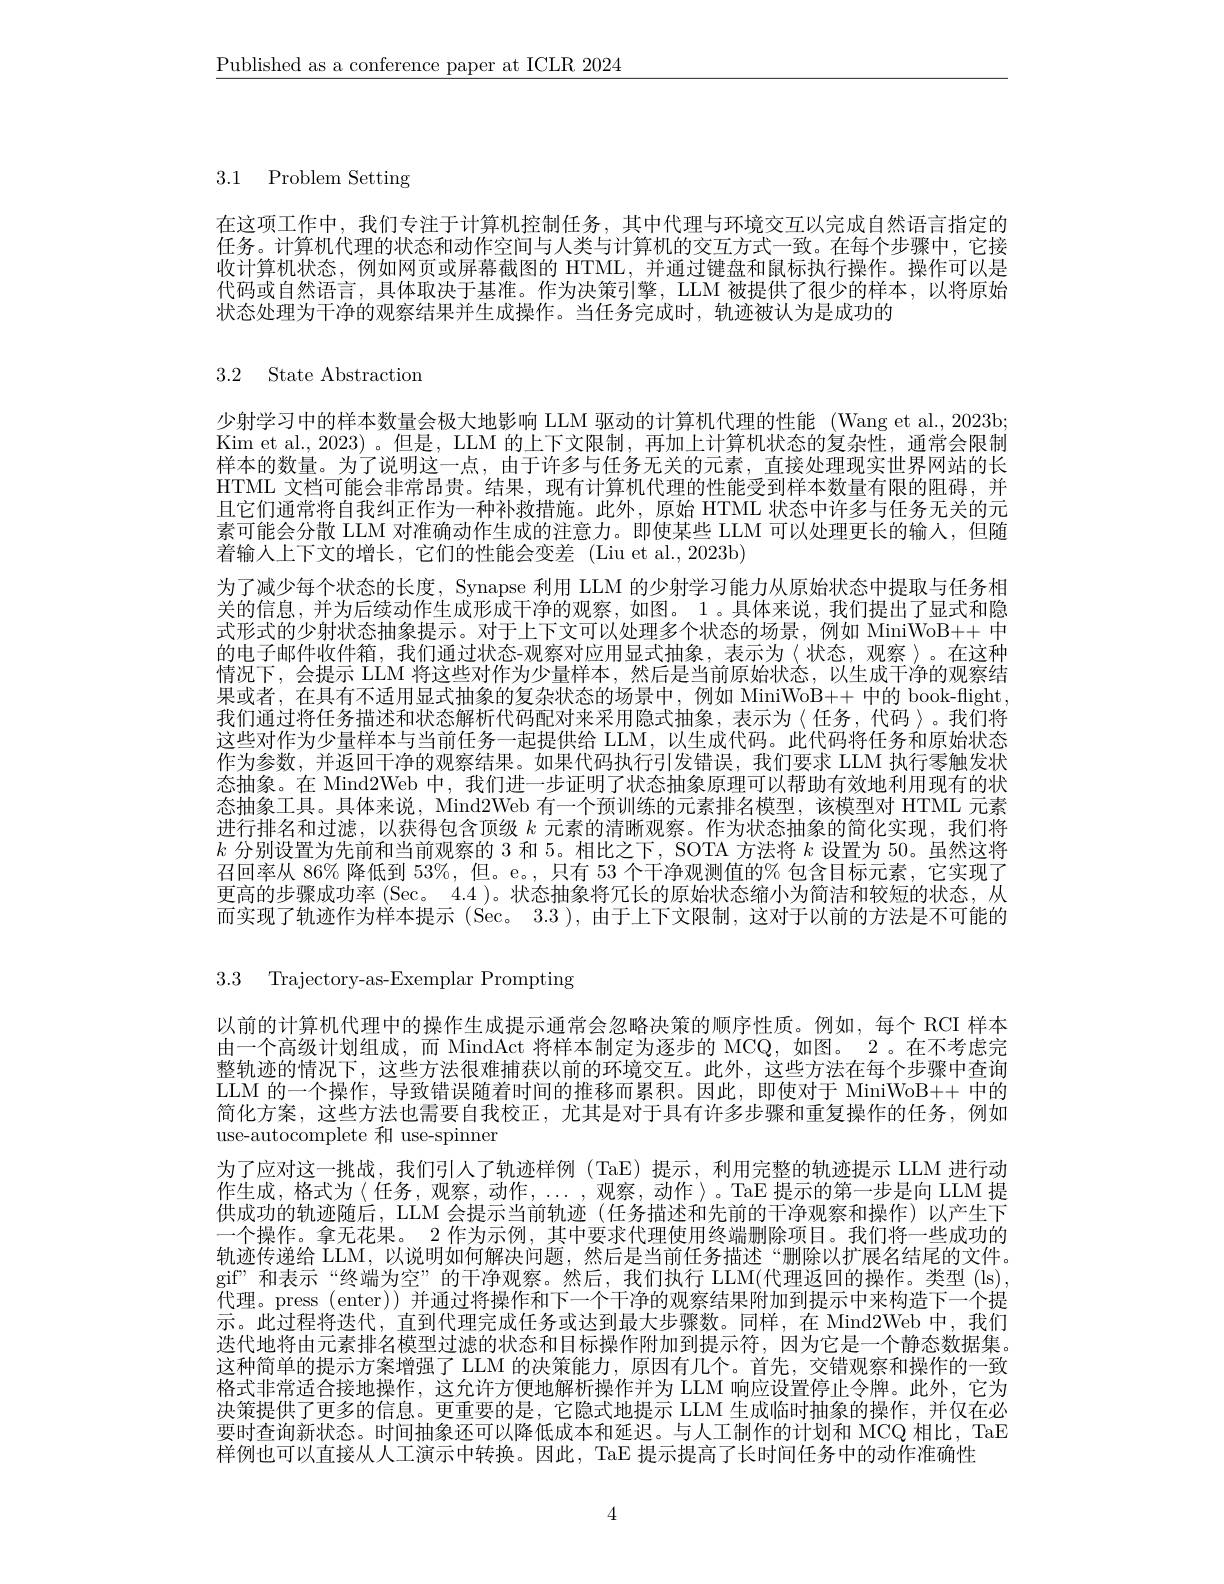
$\underline{\text{Published as a conference paper at ICLR 2024}}$

3.1 Problem Setting

在这项工作中，我们专注于计算机控制任务，其中代理与环境交互以完成自然语言指定的任务。计算机代理的状态和动作空间与人类与计算机的交互方式一致。在每个步骤中，它接收计算机状态，例如网页或屏幕截图的 HTML,并通过键盘和鼠标执行操作。操作可以是代码或自然语言，具体取决于基准。作为决策引擎，LLM 被提供了很少的样本，以将原始状态处理为干净的观察结果并生成操作。当任务完成时，轨迹被认为是成功的

3.2 State Abstraction

少射学习中的样本数量会极大地影响 LLM 驱动的计算机代理的性能 (Wang et al., 2023b; Kim et al., 2023)。但是，LLM 的上下文限制，再加上计算机状态的复杂性，通常会限制样本的数量。为了说明这一点，由于许多与任务无关的元素，直接处理现实世界网站的长HTML 文档可能会非常昂贵。结果，现有计算机代理的性能受到样本数量有限的阻碍，并且它们通常将自我纠正作为一种补救措施。此外，原始 HTML 状态中许多与任务无关的元素可能会分散 LLM 对准确动作生成的注意力。即使某些 LLM 可以处理更长的输入，但随着输入上下文的增长，它们的性能会变差 (Liu et al.,2023b)
为了减少每个状态的长度，Synapse 利用 LLM 的少射学习能力从原始状态中提取与任务相关的信息，并为后续动作生成形成干净的观察，如图。1。具体来说，我们提出了显式和隐式形式的少射状态抽象提示。对于上下文可以处理多个状态的场景，例如 MiniWoB++ 中的电子邮件收件箱，我们通过状态-观察对应用显式抽象，表示为〈状态，观察〉。在这种情况下，会提示 LLM 将这些对作为少量样本，然后是当前原始状态，以生成干净的观察结果或者，在具有不适用显式抽象的复杂状态的场景中，例如 MiniWoB++ 中的 book-flight 我们通过将任务描述和状态解析代码配对来采用隐式抽象，表示为〈任务，代码〉。我们将这些对作为少量样本与当前任务一起提供给 LLM, 以生成代码。此代码将任务和原始状态作为参数，并返回干净的观察结果。如果代码执行引发错误，我们要求 LLM 执行零触发状态抽象。在 Mind2Web 中，我们进一步证明了状态抽象原理可以帮助有效地利用现有的状态抽象工具。具体来说，Mind2Web 有一个预训练的元素排名模型，该模型对 HTML 元素进行排名和过滤，以获得包含顶级$k$元素的清晰观察。作为状态抽象的简化实现，我们将$k$分别设置为先前和当前观察的 3 和 5。相比之下，SOTA 方法将$k$设置为 50。虽然这将召回率从 86% 降低到 53%, 但。e。, 只有 53 个干净观测值的% 包含目标元素，它实现了更高的步骤成功率 (Sec。4.4 )。状态抽象将冗长的原始状态缩小为简洁和较短的状态，从而实现了轨迹作为样本提示 (Sec。3.3 ), 由于上下文限制，这对于以前的方法是不可能的

3.3 Trajectory-as-Exemplar Prompting

以前的计算机代理中的操作生成提示通常会忽略决策的顺序性质。例如，每个 RCI 样本由一个高级计划组成，而 MindAct 将样本制定为逐步的 MCQ,如图。2。在不考虑完整轨迹的情况下，这些方法很难捕获以前的环境交互。此外，这些方法在每个步骤中查询LLM 的一个操作，导致错误随着时间的推移而累积。因此，即使对于 MiniWoB++ 中的简化方案，这些方法也需要自我校正，尤其是对于具有许多步骤和重复操作的任务，例如use-autocomplete 和 use-spinner
为了应对这一挑战，我们引人了轨迹样例(TaE)提示，利用完整的轨迹提示 LLM 进行动作生成，格式为〈任务，观察，动作，...,观察，动作〉。TaE 提示的第一步是向 LLM 提供成功的轨迹随后，LLM 会提示当前轨迹 (任务描述和先前的干净观察和操作)以产生下一个操作。拿无花果。2 作为示例，其中要求代理使用终端删除项目。我们将一些成功的轨迹传递给 LLM,以说明如何解决问题，然后是当前任务描述“删除以扩展名结尾的文件。gif” 和 表 示 “ 终 端 为 空 ” 的 干 净 观 察 。然 后 , 我 们 执 行 LLM(代理返回的操作。类型(ls), 代理。press (enter)) 并通过将操作和下一个干净的观察结果附加到提示中来构造下一个提示。此过程将迭代，直到代理完成任务或达到最大步骤数。同样，在 Mind2Web 中，我们迭代地将由元素排名模型过滤的状态和目标操作附加到提示符，因为它是一个静态数据集。这种简单的提示方案增强了 LLM 的决策能力，原因有几个。首先，交错观察和操作的一致格式非常适合接地操作，这允许方便地解析操作并为 LLM 响应设置停止令牌。此外，它为决策提供了更多的信息。更重要的是，它隐式地提示 LLM 生成临时抽象的操作，并仅在必要时查询新状态。时间抽象还可以降低成本和延迟。与人工制作的计划和 MCQ 相比，TaE 样例也可以直接从人工演示中转换。因此，TaE 提示提高了长时间任务中的动作准确性

4